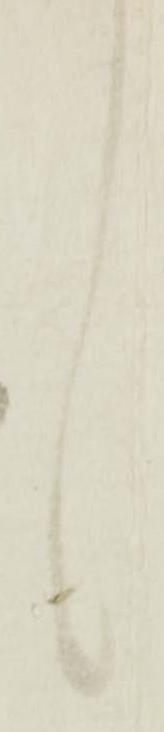
言